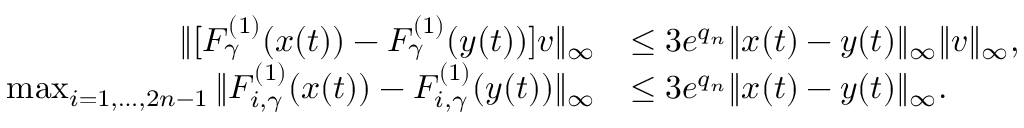
\begin{array} { r l } { \| [ F _ { \gamma } ^ { ( 1 ) } ( x ( t ) ) - F _ { \gamma } ^ { ( 1 ) } ( y ( t ) ) ] v \| _ { \infty } } & { \le 3 e ^ { q _ { n } } \| x ( t ) - y ( t ) \| _ { \infty } \| v \| _ { \infty } , } \\ { \operatorname* { m a x } _ { i = 1 , \ldots , 2 n - 1 } \| F _ { i , \gamma } ^ { ( 1 ) } ( x ( t ) ) - F _ { i , \gamma } ^ { ( 1 ) } ( y ( t ) ) \| _ { \infty } } & { \le 3 e ^ { q _ { n } } \| x ( t ) - y ( t ) \| _ { \infty } . } \end{array}